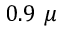
0 . 9 ~ \mu